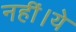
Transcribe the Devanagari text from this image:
नहीं।ये